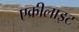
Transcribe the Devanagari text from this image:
एक्रीलाइट